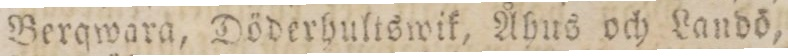
Berqwara, Döderhultswik, Åhus och Landö,